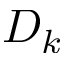
D _ { k }